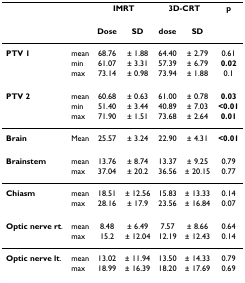
<table><thead><tr><td></td><td></td><td colspan="2"><b>IMRT</b></td><td colspan="2"><b>3D-CRT</b></td><td><b>p</b></td></tr></thead><tbody><tr><td></td><td></td><td><b>Dose</b></td><td><b>SD</b></td><td><b>dose</b></td><td><b>SD</b></td><td></td></tr><tr><td><b>PTV 1</b></td><td>mean</td><td>68.76</td><td>± 1.88</td><td>64.40</td><td>± 2.79</td><td>0.61</td></tr><tr><td></td><td>min</td><td>61.07</td><td>± 3.31</td><td>57.39</td><td>± 6.79</td><td><b>0.02</b></td></tr><tr><td></td><td>max</td><td>73.14</td><td>± 0.98</td><td>73.94</td><td>± 1.88</td><td>0.1</td></tr><tr><td><b>PTV 2</b></td><td>mean</td><td>60.68</td><td>± 0.63</td><td>61.00</td><td>± 0.78</td><td><b>0.03</b></td></tr><tr><td></td><td>min</td><td>51.40</td><td>± 3.44</td><td>40.89</td><td>± 7.03</td><td><b>&lt;0.01</b></td></tr><tr><td></td><td>max</td><td>71.90</td><td>± 1.51</td><td>73.68</td><td>± 2.64</td><td><b>0.01</b></td></tr><tr><td><b>Brain</b></td><td>Mean</td><td>25.57</td><td>± 3.24</td><td>22.90</td><td>± 4.31</td><td><b>&lt;0.01</b></td></tr><tr><td><b>Brainstem</b></td><td>mean</td><td>13.76</td><td>± 8.74</td><td>13.37</td><td>± 9.25</td><td>0.79</td></tr><tr><td></td><td>max</td><td>37.04</td><td>± 20.2</td><td>36.56</td><td>± 20.15</td><td>0.77</td></tr><tr><td><b>Chiasm</b></td><td>mean</td><td>18.51</td><td>± 12.56</td><td>15.83</td><td>± 13.33</td><td>0.14</td></tr><tr><td></td><td>max</td><td>28.16</td><td>± 17.9</td><td>23.56</td><td>± 16.84</td><td>0.07</td></tr><tr><td><b>Optic nerve rt</b>.</td><td>mean</td><td>8.48</td><td>± 6.49</td><td>7.57</td><td>± 8.66</td><td>0.64</td></tr><tr><td></td><td>max</td><td>15.2</td><td>± 12.04</td><td>12.19</td><td>± 12.43</td><td>0.14</td></tr><tr><td><b>Optic nerve lt</b>.</td><td>mean</td><td>13.02</td><td>± 11.94</td><td>13.50</td><td>± 14.33</td><td>0.79</td></tr><tr><td></td><td>max</td><td>18.99</td><td>± 16.39</td><td>18.20</td><td>± 17.69</td><td>0.69</td></tr></tbody></table>